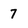
Character: 7